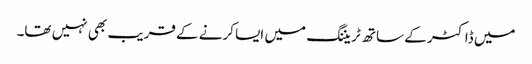
میں ڈاکٹر کے ساتھ ٹریننگ میں ایسا کرنے کے قریب بھی نہیں تھا۔